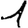
Digit: 1